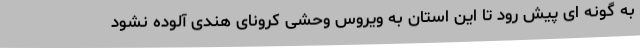
به گونه ای پیش رود تا این استان به ویروس وحشی کرونای هندی آلوده نشود